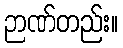
ဉာဏ်တည်း။